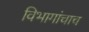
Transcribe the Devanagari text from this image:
विभागांचाच